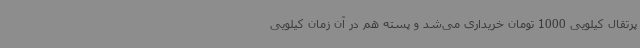
پرتقال کیلویی ‌1000 تومان خریداری می‌شد و پسته هم در آن زمان کیلویی